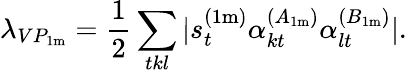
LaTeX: \lambda_{VP_{1\mathrm{m}}}=\frac{1}{2}\sum_{tkl}|s_{t}^{(1\mathrm{m})}\alpha_{kt}^{(A_{1\mathrm{m}})}\alpha_{lt}^{(B_{1\mathrm{m}})}|.